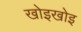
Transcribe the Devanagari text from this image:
खोइखोइ